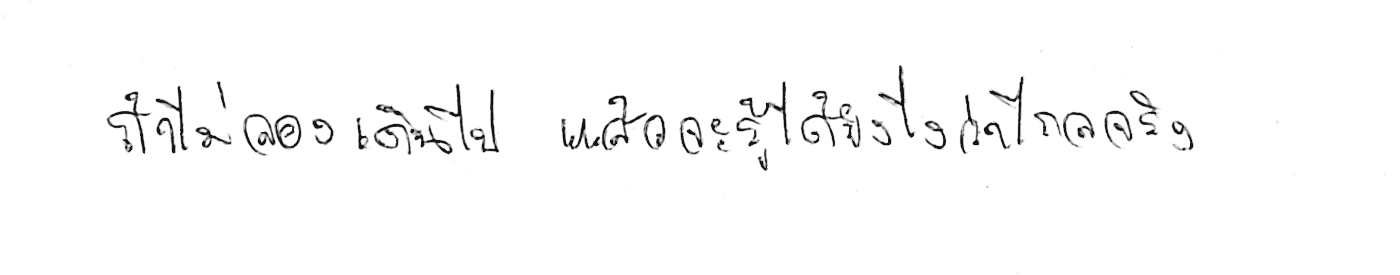
ถ้าไม่ลองเดินไป แล้วจะรู้ได้ยังไงว่าไกลจริง